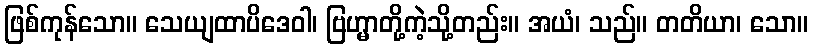
ဖြစ်ကုန်သော။ သေယျထာပိဒေဝါ၊ ဗြဟ္မာတို့ကဲ့သို့တည်း။ အယံ၊ သည်။ တတိယာ၊ သော။